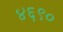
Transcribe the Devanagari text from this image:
४६९०